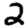
Digit: 2